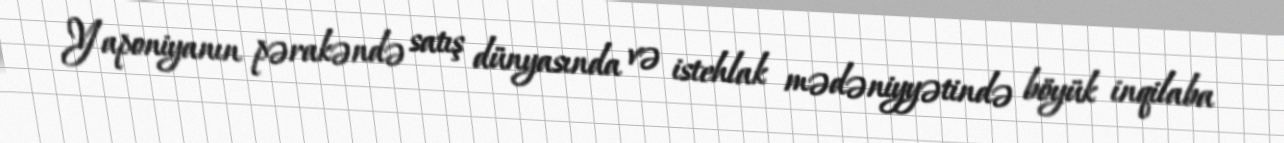
Yaponiyanın pərakəndə satış dünyasında və istehlak mədəniyyətində böyük inqilaba